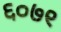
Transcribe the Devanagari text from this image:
६०७९